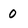
Character: 0